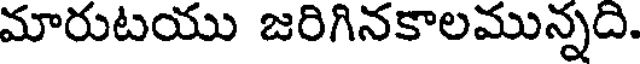
మారుటయు జరిగినకాలమున్నది.